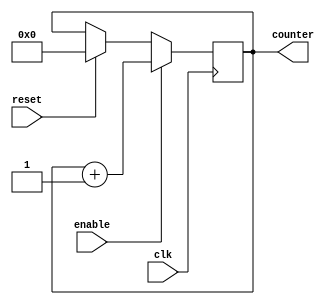
`timescale 1ns / 1ps


module up_counter_16(
    input wire clk, reset, enable,
    output [15:0] counter
    );
    
reg [15:0] counter_up;

always@(posedge clk)
    begin
        if(reset)
            counter_up <= 16'b0000000000000000;
        if(enable)
            counter_up <= counter_up + 16'b0000000000000001;
    end

assign counter = counter_up;

endmodule